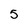
Character: 5